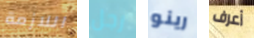
اللازمة رجل رينو أعرف